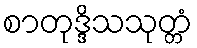
စာတုဒ္ဒိသသုတ္တံ